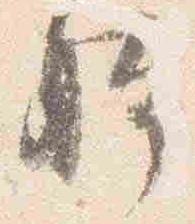
体